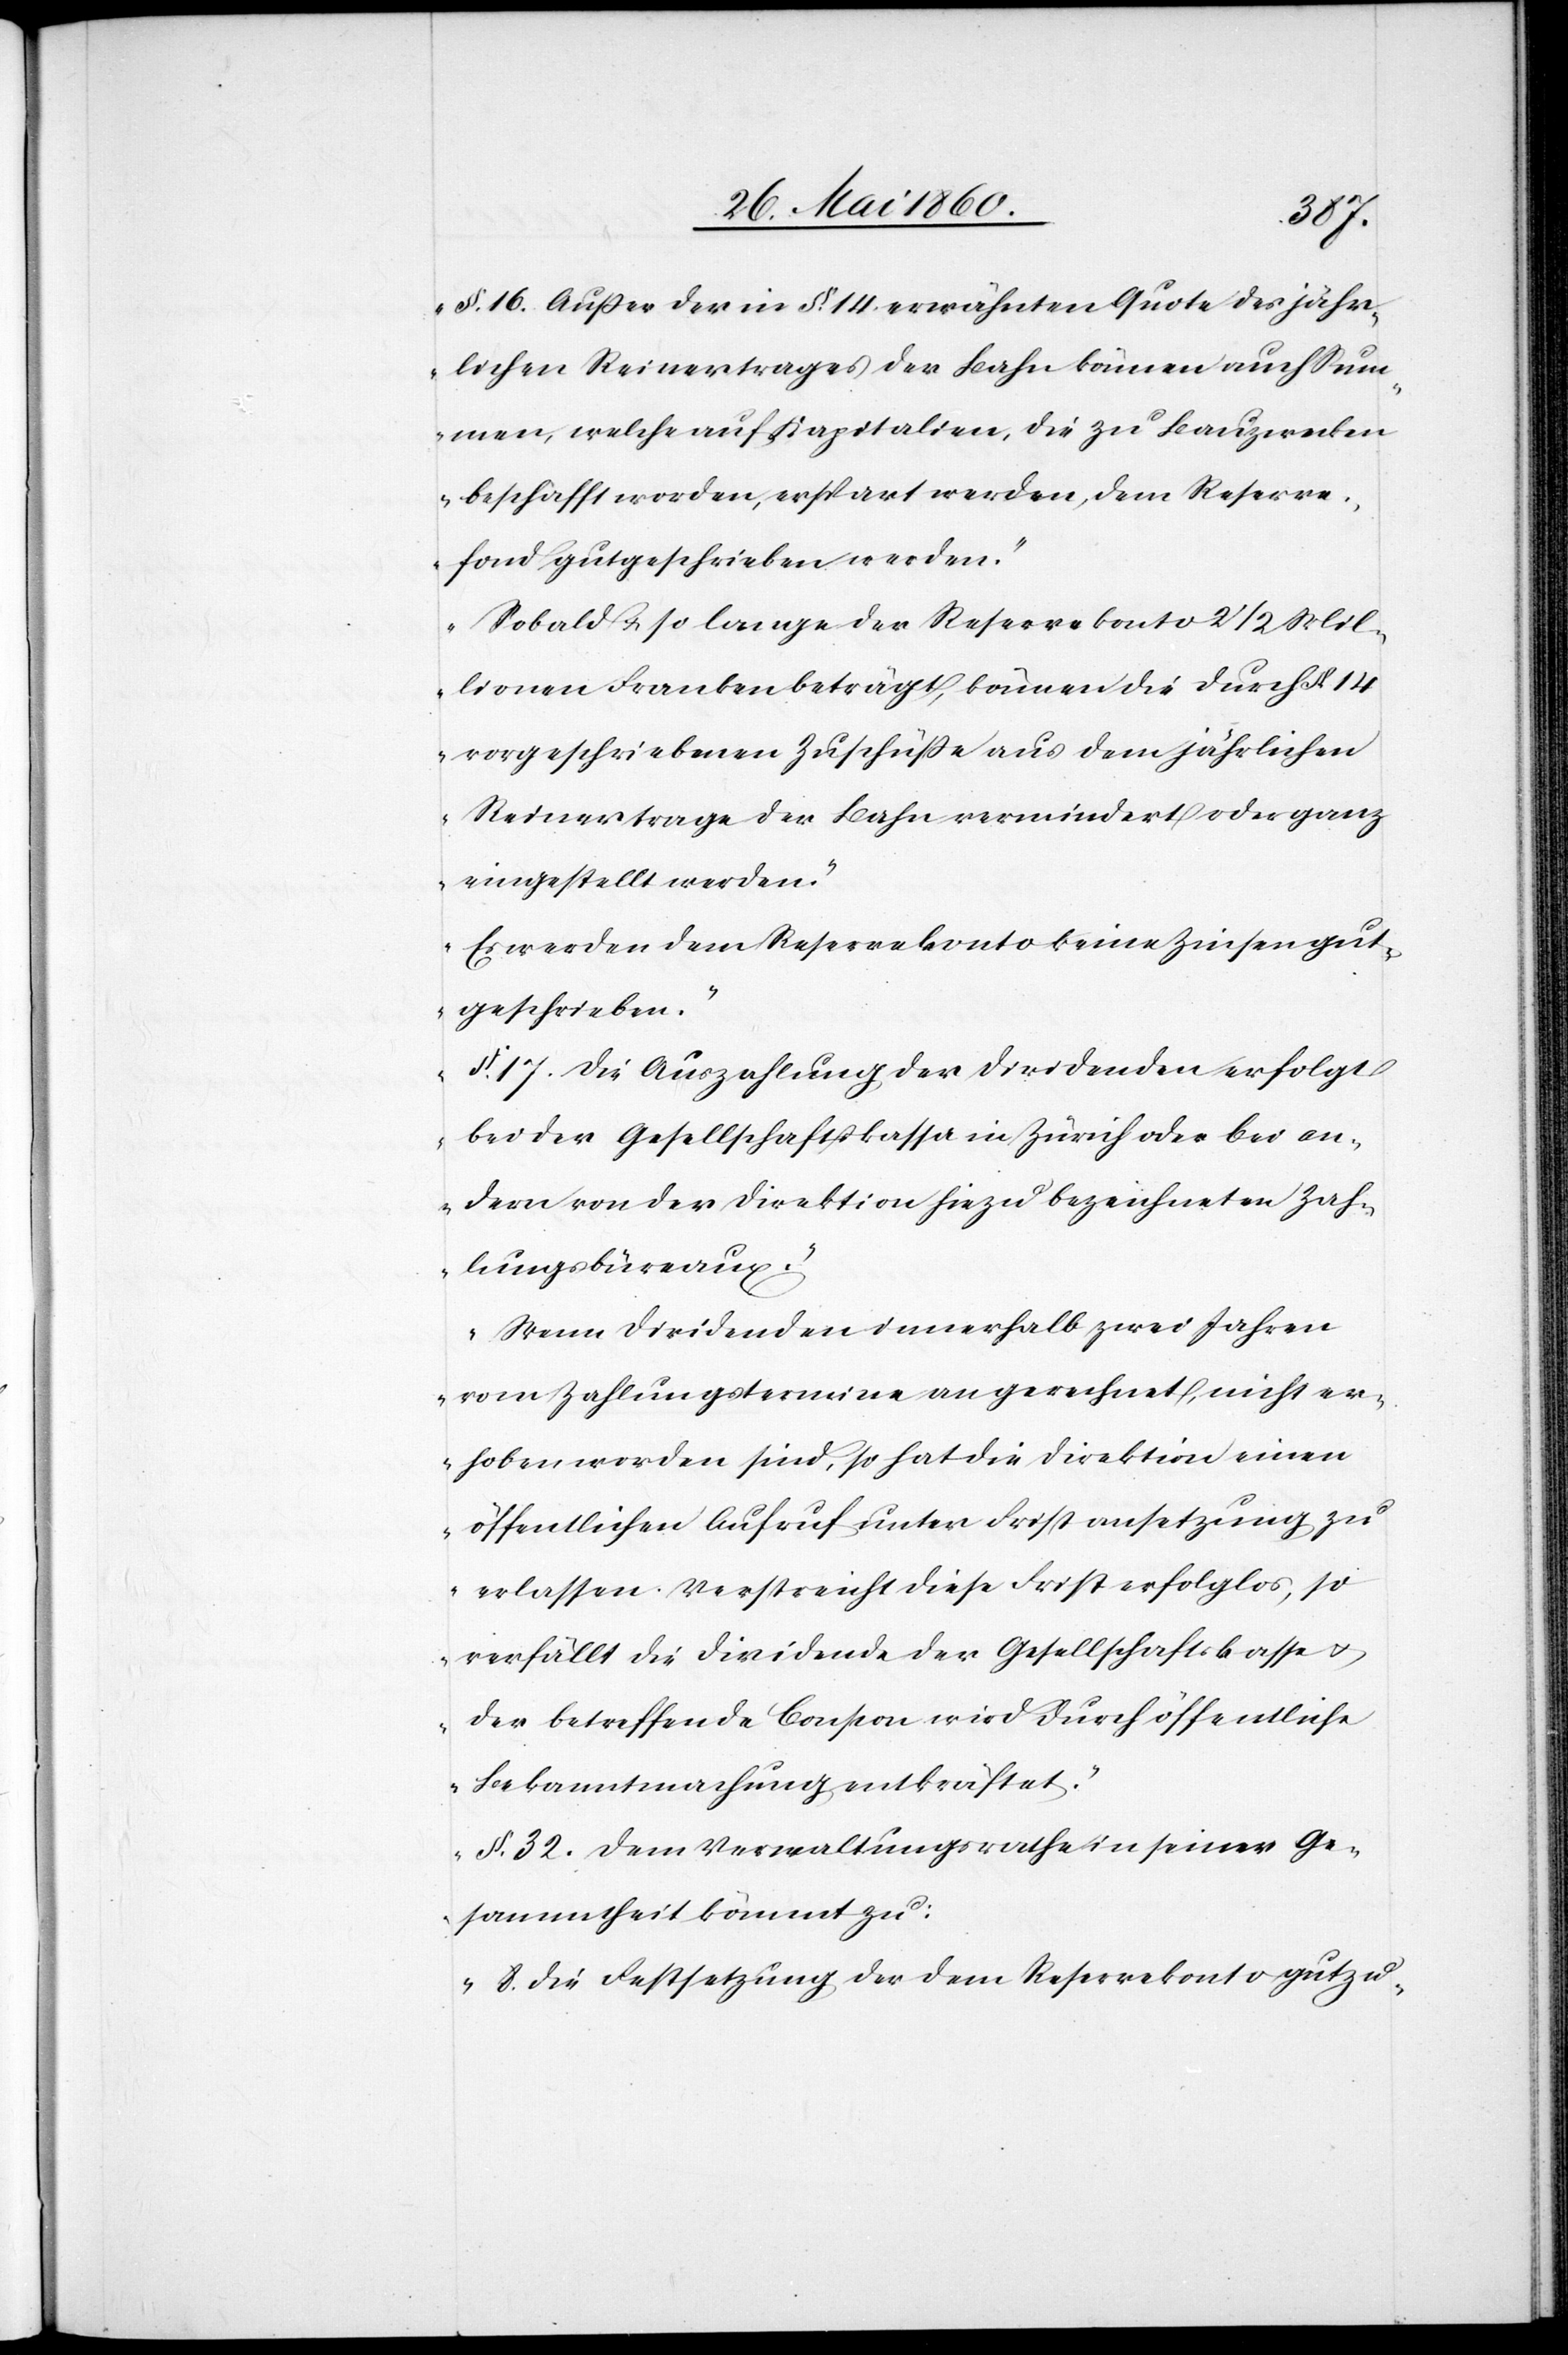
§. 16. Ausser der in §. 14 erwähnten Quote des jähr¬
lichen Reinertrages der Bahn können auch Sum¬
men, welche auf Kapitalien, die zu Bauzwecken
beschafft worden, erspart werden, dem Reserve¬
fond gutgeschrieben werden.
Sobald u. so lange der Reservekonto 2/2 Mil¬
lionen Franken beträgt, können die durch §. 14
vorgeschriebenen Zuschüsse aus dem jährlichen
Reinertrage der Bahn vermindert oder ganz
eingestellt werden.
Es werden dem Reservekonto keine Zinsen gut¬
geschrieben.
§. 17. Die Auszahlung der Dividenden erfolgt
bei der Gesellschaftskassa in Zürich oder bei an¬
dern von der Direktion hiezu bezeichneten Zah¬
lungsbüreaux.
Wenn Dividenden innerhalb zwei Jahren
vom Zahlungstermin an gerechnet, nicht er¬
hoben worden sind, so hat die Direktion einen
öffentlichen Aufruf unter Fristansetzung zu
erlassen. Verstreicht diese Frist erfolglos, so
verfällt die Dividende der Gesellschaftskasse u.
der betreffende Coupon wird durch öffentliche
Bekanntmachung entkräftet.
§. 32. Dem Verwaltungsrathe in seiner Ge¬
sammtheit kömmt zu:
8. Die Festsetzung der dem Reservekonto gutzu-